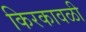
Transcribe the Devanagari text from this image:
किरकावळी